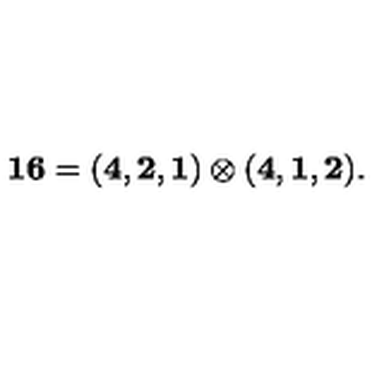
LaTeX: { \bf 1 6 } = ( { \bf 4 } , { \bf 2 } , { \bf 1 } ) \otimes ( { \bf 4 } , { \bf 1 } , { \bf 2 } ) .